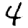
Digit: 4